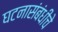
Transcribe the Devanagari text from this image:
घटनासंबंधीचे